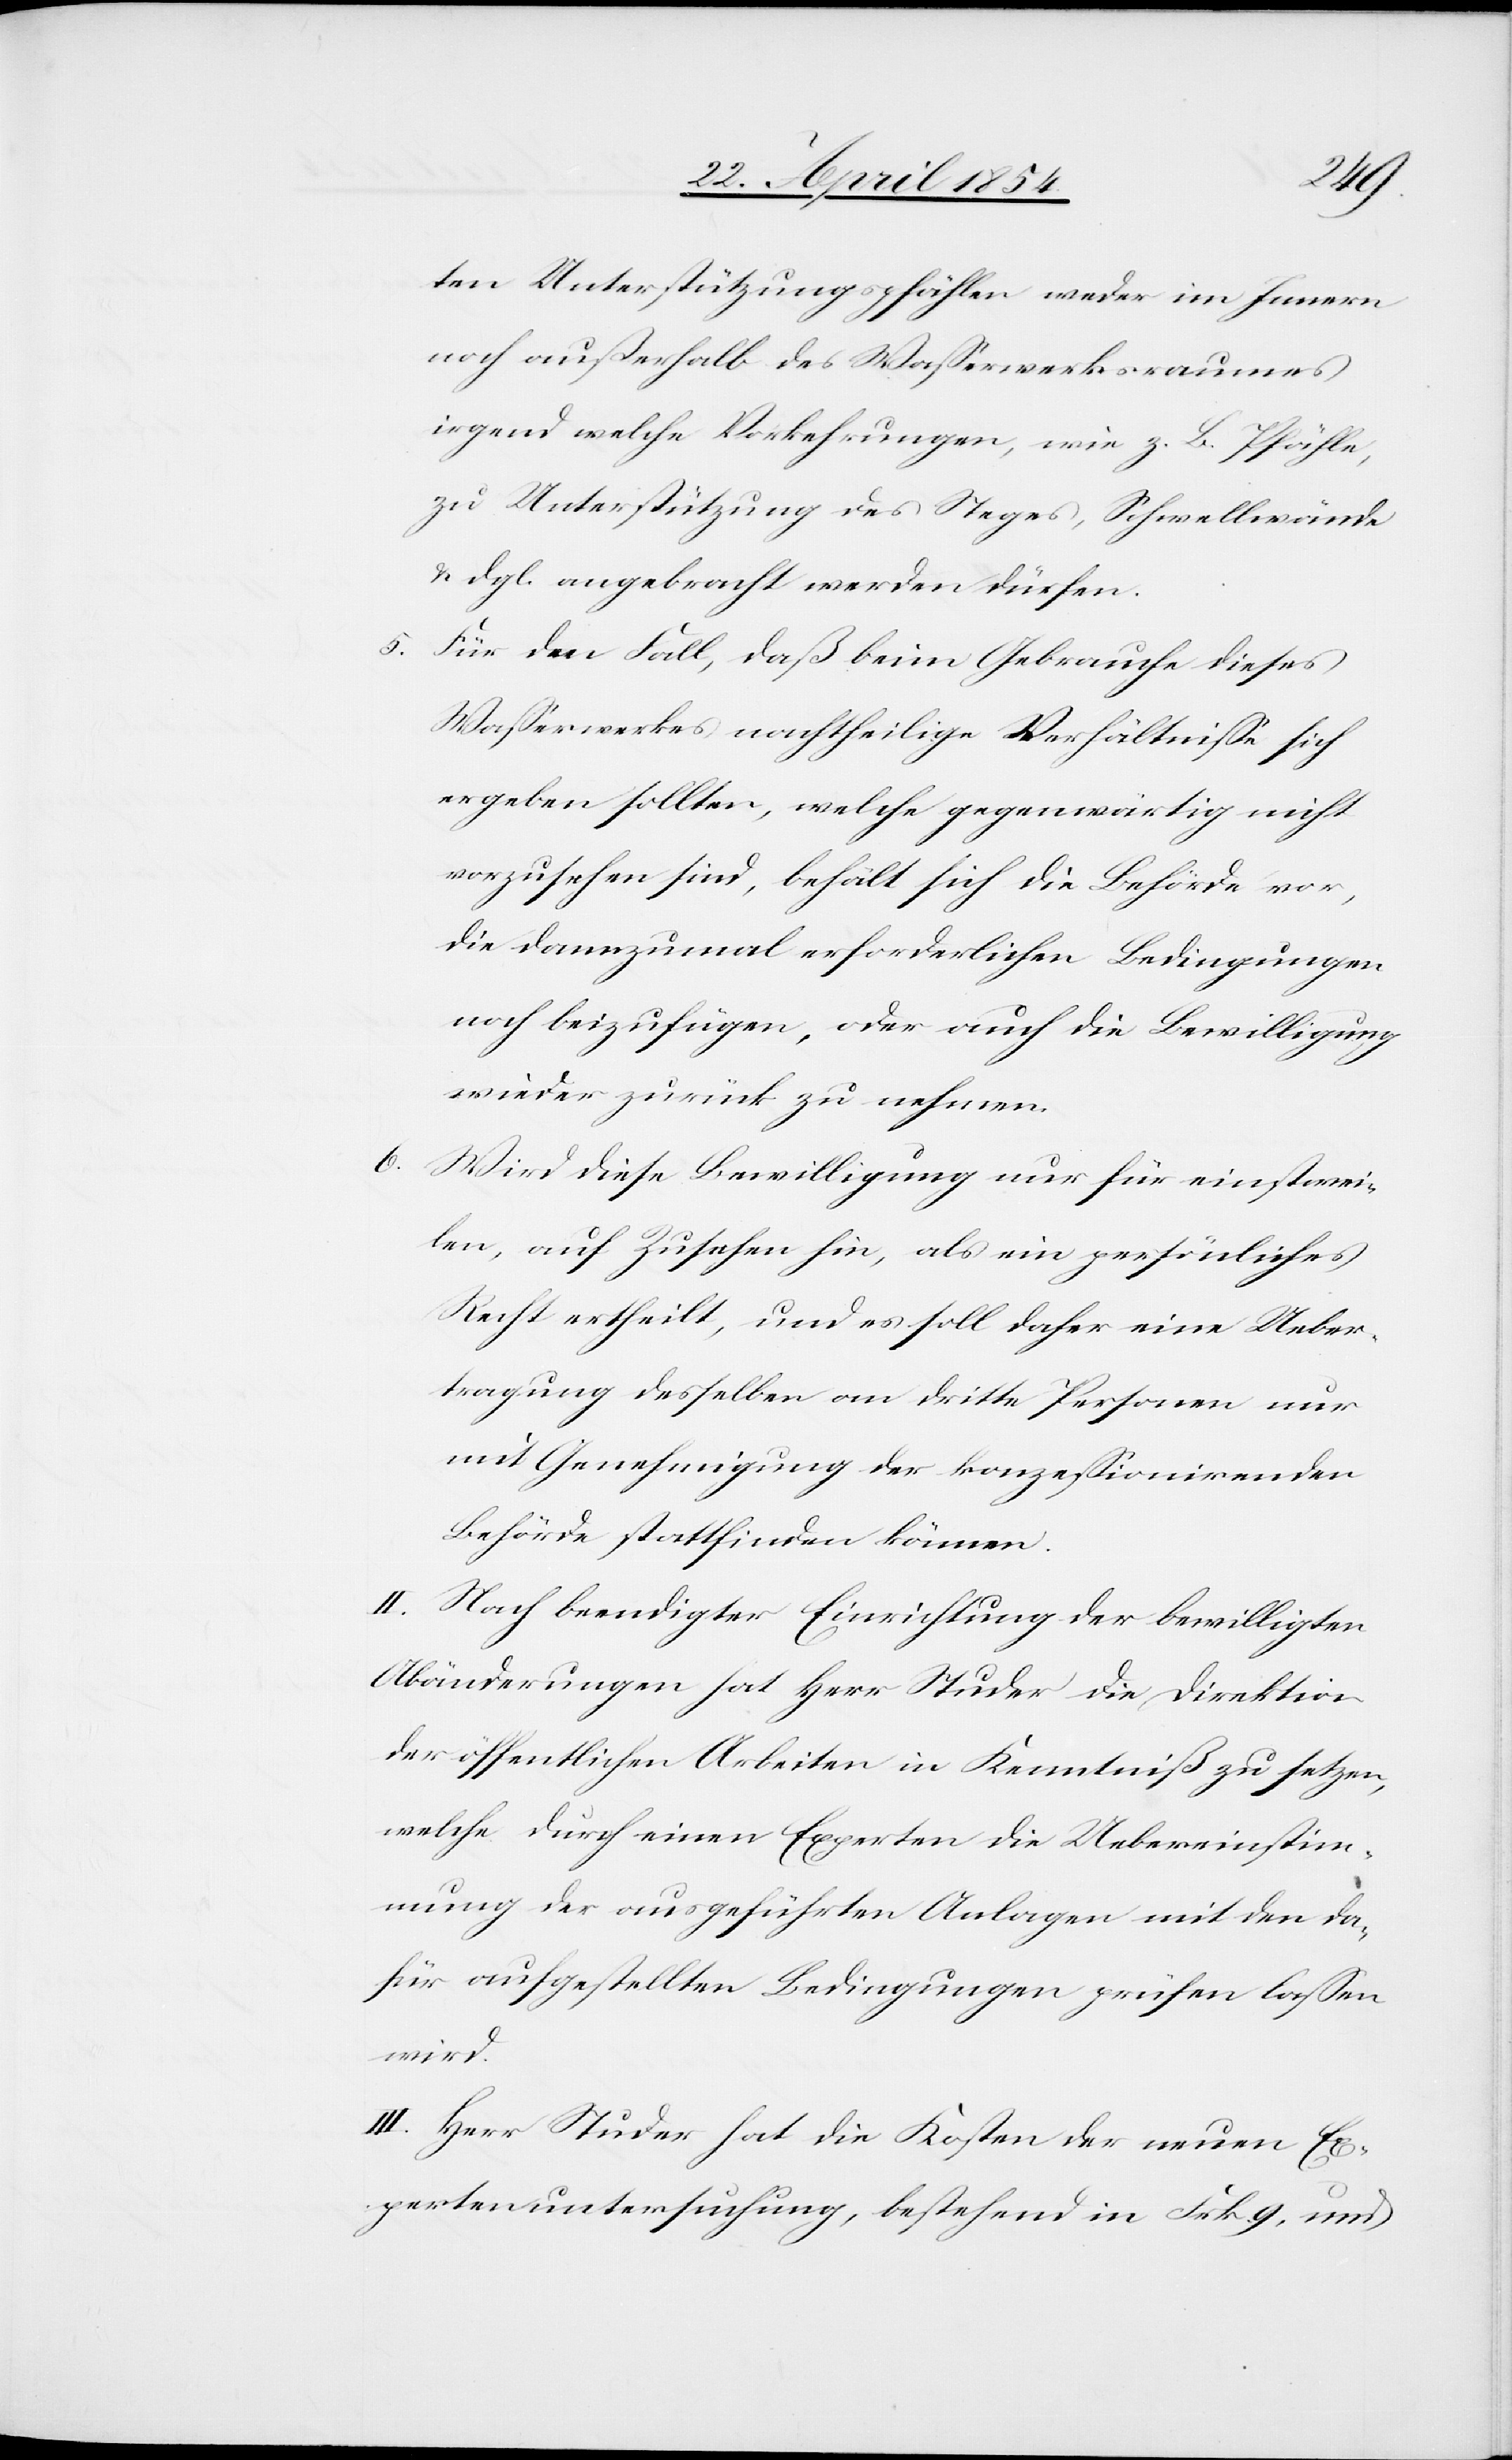
5.

ten Unterstützungspfählen weder im Innern
noch außerhalb des Waßerwerksraumes
irgend welche Vorkehrungen, wie z. B. Pfähle,
zu Unterstützung des Steges, Schwellwände
u. dgl. angebracht werden dürfen.
Für den Fall, daß beim Gebrauche dieses
Waßerwerkes nachtheilige Verhältniße sich
ergeben sollten, welche gegenwärtig nicht
vorzusehen sind, behält sich die Behörde vor,
die dannzumal erforderlichen Bedingungen
noch beizufügen, oder auch die Bewilligung
wieder zurück zu nehmen.
Wird diese Bewilligung nur für einstwei¬
len, auf Zusehen hin, als ein persönliches
Recht ertheilt, und es soll daher eine Ueber¬
tragung desselben an dritte Personen nur
mit Genehmigung der konzeßionirenden
Behörde stattfinden können.
II. Nach beendigter Einrichtung der bewilligten
Abänderungen hat Herr Studer die Direktion
der öffentlichen Arbeiten in Kenntniß zu setzen,
welche durch einen Experten die Uebereinstim¬
mung der ausgeführten Anlagen mit den da¬
für aufgestellten Bedingungen prüfen laßen
wird.
III. Herr Studer hat die Kosten der neuen Ex¬
pertenuntersuchung, bestehend in Frk. 9, und